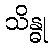
သိန္ဓု